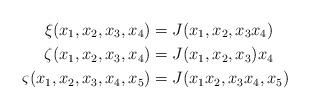
LaTeX: \begin{align*}\xi (x_{1},x_{2},x_{3},x_{4})&= J(x_{1},x_{2},x_{3}x_{4}) \\\zeta (x_{1},x_{2},x_{3},x_{4})&= J(x_{1},x_{2},x_{3})x_{4} \\\varsigma(x_{1},x_{2},x_{3},x_{4},x_{5})&= J(x_{1}x_{2},x_{3}x_{4},x_{5})\end{align*}